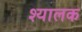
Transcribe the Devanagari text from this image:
श्यालक